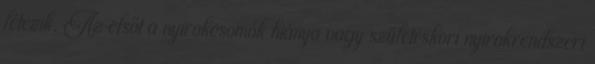
létezik. Az elsőt a nyirokcsomók hiánya vagy születéskori nyirokrendszeri